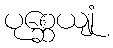
ပုစ္ဆေယျုံ